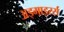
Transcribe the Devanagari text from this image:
अड्माइरर्स